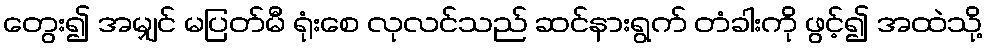
တွေး၍ အမျှင် မပြတ်မီ ရုံးစေ လုလင်သည် ဆင်နားရွက် တံခါးကို ဖွင့်၍ အထဲသို့